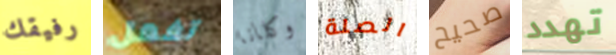
رفيقك تفعل وكلانا الصلة صحيح تهدد